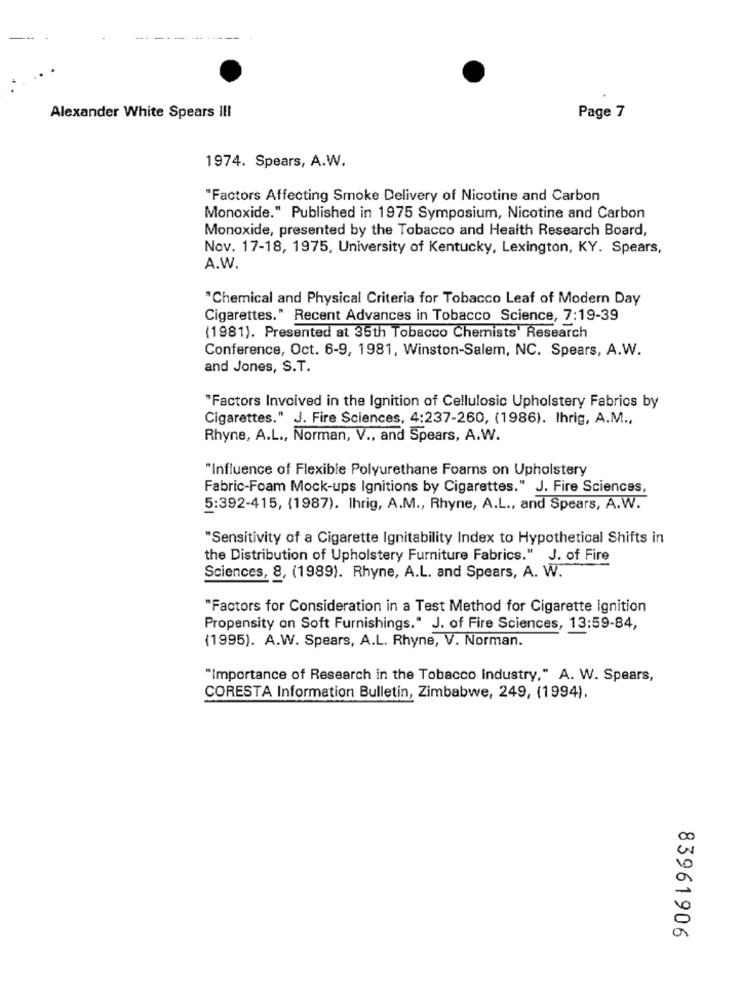
Alexander White Spears III
Page 7
1974. Spears, A.W.
"Factors Affecting Smoke Delivery of Nicotine and Carbon
Monoxide." Published in 1975 Symposium, Nicotine and Carbon
Monoxide, presented by the Tobacco and Health Research Board,
Nov. 17-18, 1975, University of Kentucky, Lexington, KY. Spears,
A.W.
"Chemical and Physical Criteria for Tobacco Leaf of Modern Day
Cigarettes." Recent Advances in Tobacco Science, 7:19-39
(1981). Presented at 35th Tobacco Chemists' Research
Conference, Oct. 6-9, 1981, Winston-Salem, NC. Spears, A.W.
and Jones, S.T.
"Factors Involved in the Ignition of Cellulosic Upholstery Fabrics by
Cigarettes." J. Fire Sciences, 4:237-260, (1986). Ihrig, A.M .,
Rhyne, A.L ., Norman, V ., and Spears, A.W.
"Influence of Flexible Polyurethane Foams on Upholstery
Fabric-Foam Mock-ups Ignitions by Cigarettes." J. Fire Sciences,
5:392-415, (1987). Ihrig, A.M ., Rhyne, A.L ., and Spears, A.W.
"Sensitivity of a Cigarette Ignitability Index to Hypothetical Shifts in
the Distribution of Upholstery Furniture Fabrics." J. of Fire
Sciences, 8, (1989). Rhyne, A.L. and Spears, A. W.
"Factors for Consideration in a Test Method for Cigarette Ignition
Propensity on Soft Furnishings." J. of Fire Sciences, 13:59-84,
(1995). A.W. Spears, A.L. Rhyne, V. Norman.
"Importance of Research in the Tobacco Industry," A. W. Spears,
CORESTA Information Bulletin, Zimbabwe, 249, (1994).
83961906